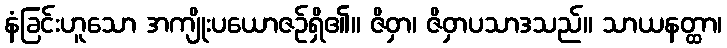
နံခြင်းဟူသော အကျိုးပယောဇဉ်ရှိ၏။ ဇိဝှာ၊ ဇိဝှာပသာဒသည်။ သာယနတ္ထာ၊